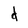
Character: d